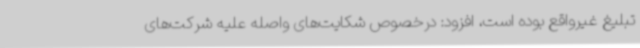
تبلیغ غیرواقع بوده است، افزود: درخصوص شکایت‌های واصله علیه شرکت‌های